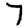
Digit: 7